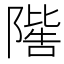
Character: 𨼄